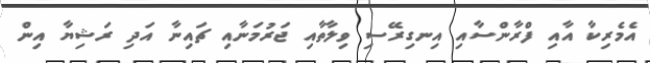
އެމެރިކާ އާއި ފްރާންސާއި އިނގިރޭސި ވިލާތާއި ޖަރުމަނާއި ޗައިނާ އަދި ރަޝިޔާ އިން